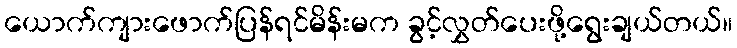
ယောက်ကျားဖောက်ပြန်ရင်မိန်းမက ခွင့်လွှတ်ပေးဖို့ရွေးချယ်တယ်။